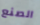
الصنع